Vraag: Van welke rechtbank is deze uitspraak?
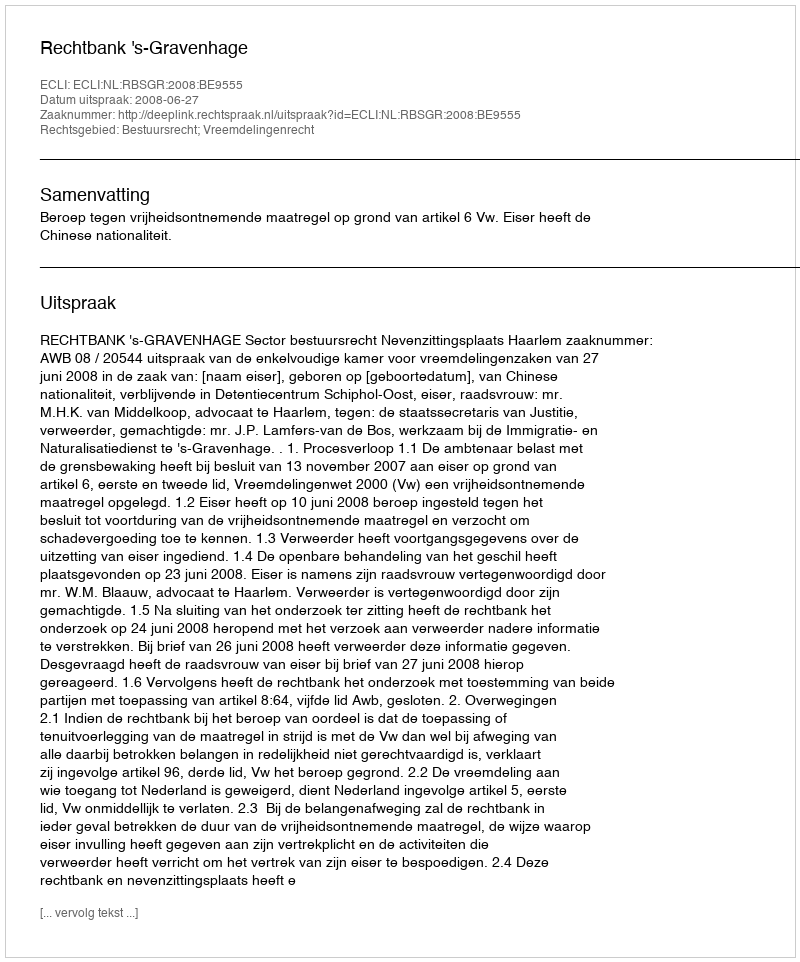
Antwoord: Rechtbank 's-Gravenhage